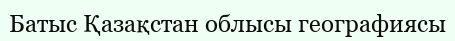
Батыс Қазақстан облысы географиясы